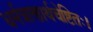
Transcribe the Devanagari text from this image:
धर्मत्राणार्थचेष्टितः।